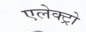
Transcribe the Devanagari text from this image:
एलेक्ट्रो